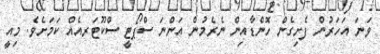
ވަނަ އަހަރުން ފެށިގެން ހޮންޑާއިން ނެރެމުން އަންނަ ސްޕޯޓީ ސްކޫޓަރއެއް ކަމަށެވެ. މިއީ